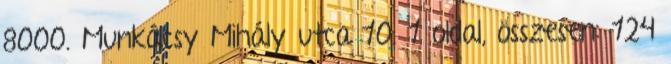
8000. Munkácsy Mihály utca 10. 1 oldal, összesen: 124